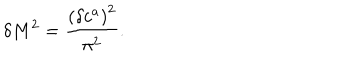
LaTeX: \delta M ^ { 2 } = \frac { \left( \delta c ^ { a } \right) ^ { 2 } } { \pi ^ { 2 } } .